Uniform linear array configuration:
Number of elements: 8
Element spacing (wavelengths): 0.75
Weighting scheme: hamming
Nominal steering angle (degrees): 0
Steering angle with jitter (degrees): -0.1593
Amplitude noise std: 0.05
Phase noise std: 0.05

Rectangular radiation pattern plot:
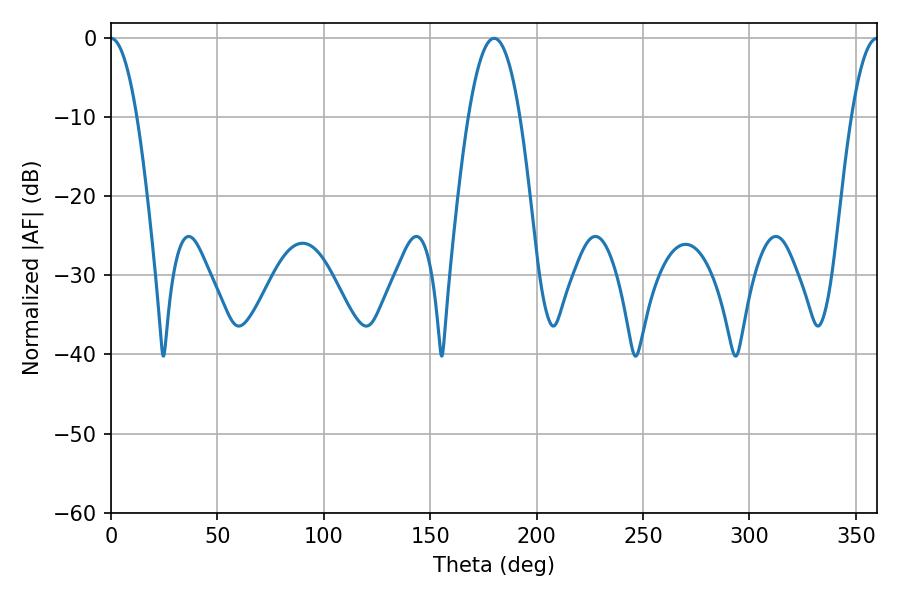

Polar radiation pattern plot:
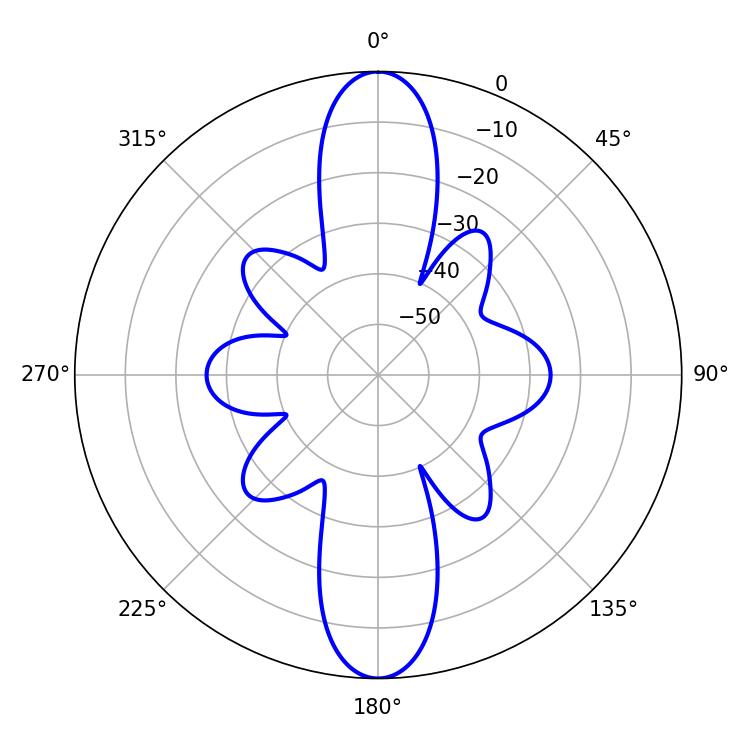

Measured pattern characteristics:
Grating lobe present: TRUE
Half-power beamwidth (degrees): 6.66
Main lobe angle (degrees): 0